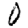
Digit: 0